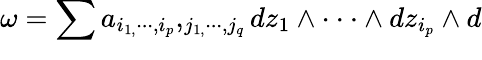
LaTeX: \omega=\sum_{{}}a_{i_{1,}\cdot\cdot\cdot,i_{p}},_{j_{1,}\cdot\cdot\cdot,j_{q}}dz_{1}\wedge\cdot\cdot\cdot\wedge dz_{i_{p}}\wedge d